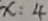
x : 4